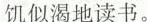
饥似渴地读书。